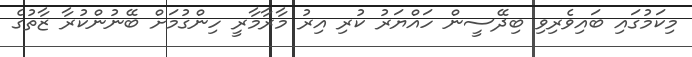
މިކަމުގައި ބައިވެރިވި ބިދޭސީން ހައްޔަރު ކުރި އިރު މާރާމާރީ ހިންގުމަށް ބޭނުންކުރާ ޒާތުގެ